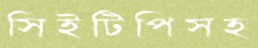
সিইটিপিসহ